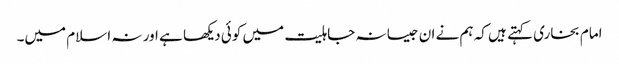
امام بخاری کہتے ہیں کہ ہم نے ان جیسا نہ جاہلیت میں کوئی دیکھا ہے اور نہ اسلام میں۔